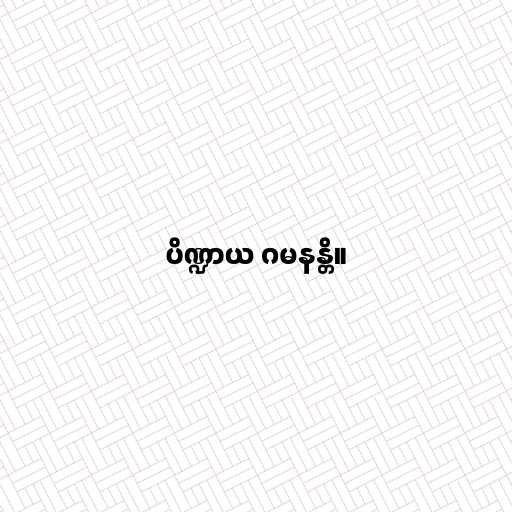
ပိဏ္ဍာယ ဂမနန္တိ။